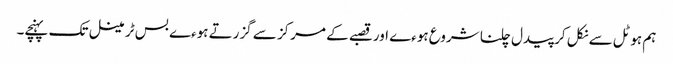
ہم ہوٹل سے نکل کر پیدل چلنا شروع ہوءے اور قصبے کے مرکز سے گزرتے ہوءے بس ٹرمینل تک پہنچے۔